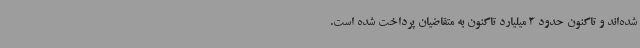
شده‌اند و تاکنون حدود 3 میلیارد تاکنون به متقاضیان پرداخت شده است.